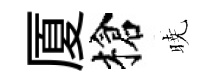
厦槍暁